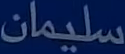
سليمان